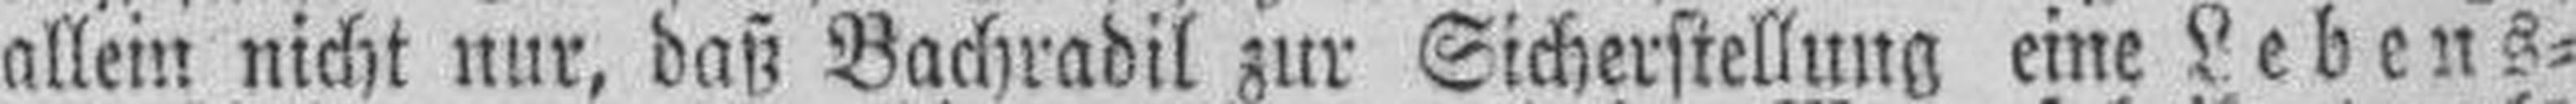
allein nicht nur, daß Bachradil zur Sicherstellung eine Lebens¬